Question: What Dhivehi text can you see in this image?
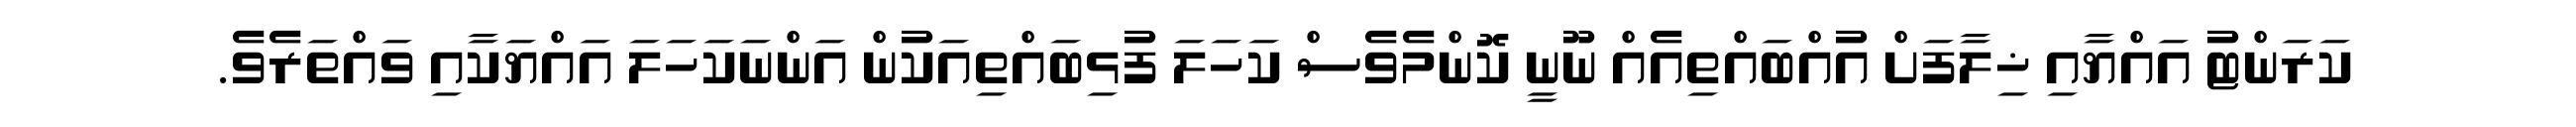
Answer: ކަރަންޓު އައްޔާއި ޚިލާފަށް އުއްބައްތިއެއް ނޫނީ ކޮންމެވެސް ކަހަލަ ފުޅިބައްތިއަކުން އަންނަކަހަލަ އައްޔަކާއި ވައްތަރެވެ.